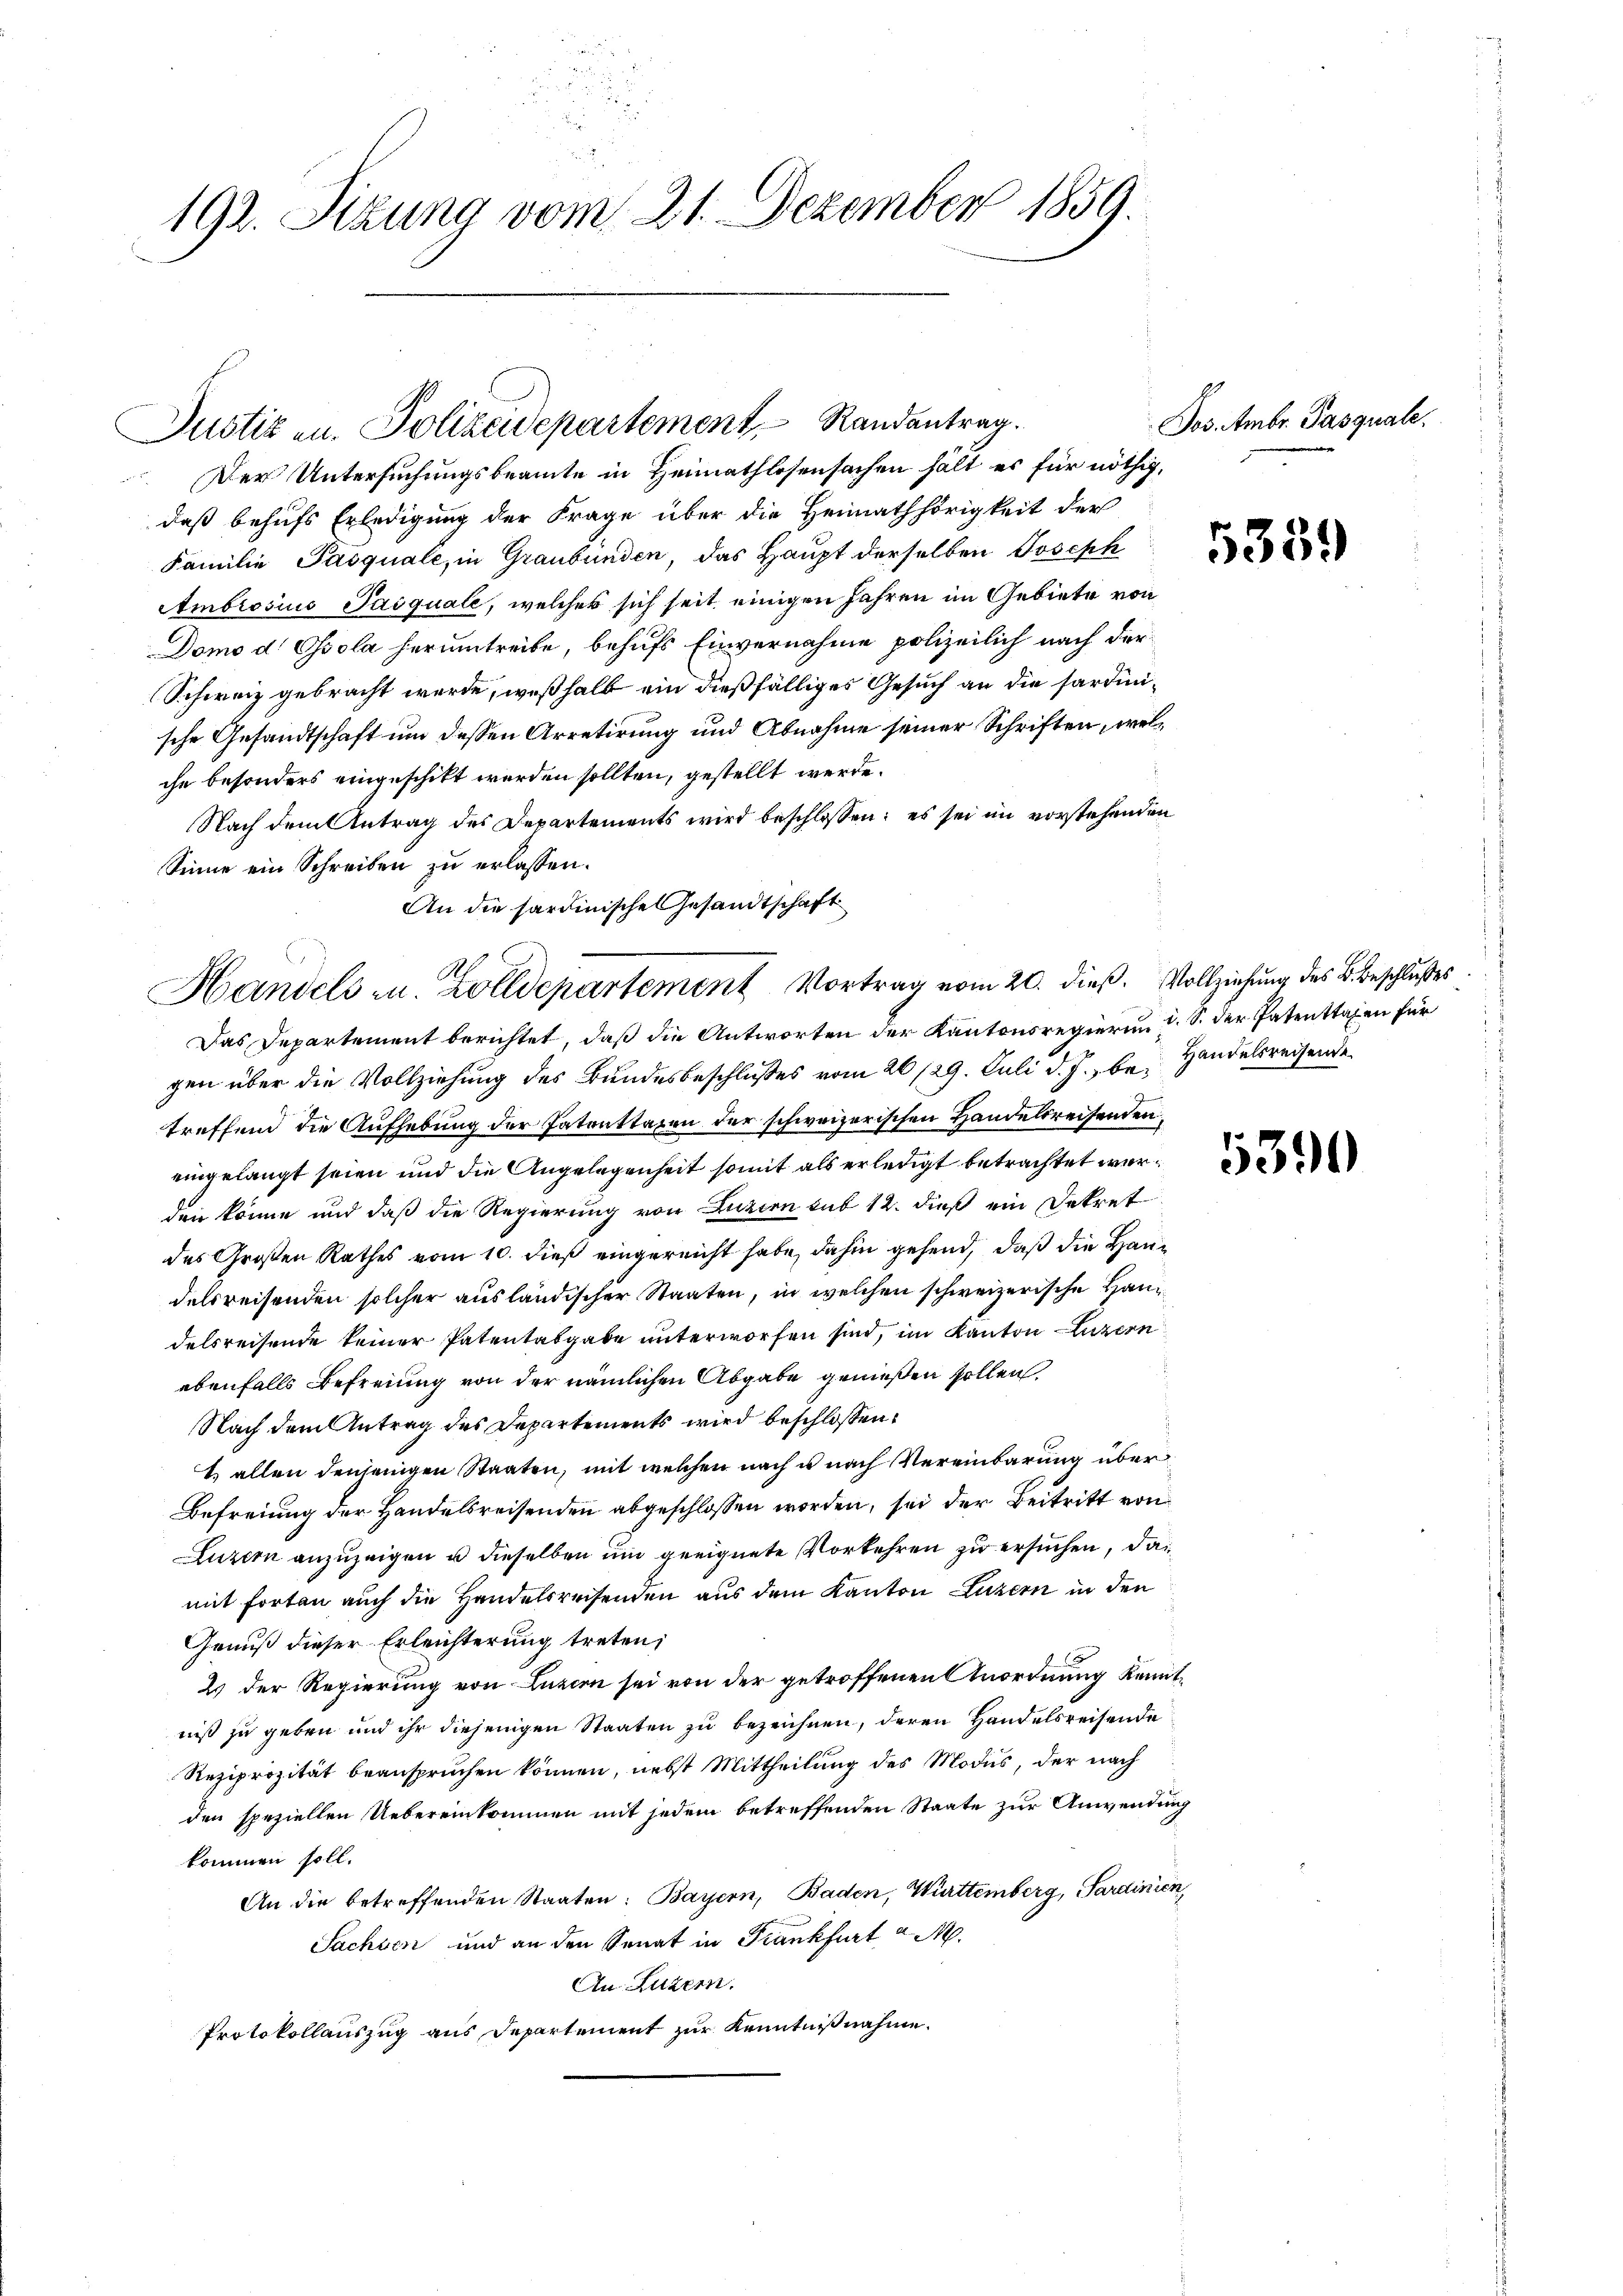
2
d
.
192. Sitzung vom 21. Dezember 1859.

Der Untersuchungsbeamte in Heimathlosensachen hält es für nöthig,
daß behufs Erledigung der Frage über die Heimathörigkeit der
Familie Pasquale, in Graubünden, das Haupt derselben Joseph
Ambrosius Paiquale, welches sich seit einigen Jahren im Gebiete von
Domo d Ossola herumtreibe, behufs Einvernahme polizeilich nach der
Schweiz gebracht werde, weßhalb ein dießfälliges Gesuch an die hardinische Gesandtschaft um dessen Arretirung und Abnahme seiner Schriften, welchr besonders eingeschikt werden sollten, gestellt werde.
Nach dem Antrag des Departements wird beschlossen: es sei im vorstehenden
Sinne ein Schreiben zu erlassen.
An die sardinische Gesandtschaft
Das Departement berichtet, daß die Antworten der Kantonsregierung i. S. der Patenttaxen für
gen über die Vollziehung des Bundesbeschlusses vom 26/29. Juli d. J., be- Handelsreisende
treffend die Aufhebung der Patrattaren der schweizerischen Handelsreisenden,
eingelangt seien und die Angelegenheit somit als erledigt betrachtet werden könne und daß die Regierung von Luzern sub 12. dieß ein Dekret
des Großen Rathes vom 10. dieß eingereicht habe, dahin gehend, daß die Handelsreisenden solcher ausländischer Staaten, in welchen schweizerische Handelsreisende keiner Patentabgabe unterworfen sind, im Kanton Luzern
ebenfalls Befreiung von der nämlichen Abgabe genießen sollen,
Nach dem Antrag des Departements wird beschlossen:
1) allen denjenigen Staaten, mit welchen nach u nach Vereinbarung über
Befreiung der Handelsreisenden abgeschlossen worden, sei der Beitritt von
Luzern anzuzeigen u dieselben um geeignete Vorkehren zu ersuchen, das
mit Forten auch die Handelsreisenden aus dem Kanton Luzern in den
Genuß dieser Erleichterung treten;
2 der Regierung von Luzern sei von der getroffenen Anordnung kennt
niß zu geben und ihr diejenigen Staaten zu bezeichnen, deren Handelsreisende
Reziprozität beanspruchen können, nebst Mittheilung des Modus, der nach
den speziellen Uebereinkommen mit jedem betreffenden Staate zur Anwendung
kommen soll.
An die betreffenden Staaten: Bayern, Baden, Württemberg, Sardinien,
Sachsen und an den Senat in Frankfurt a M.
An Luzern.
Protokollauszug aus Departement zur Kenntnißnahme.

Justizen. Polizeidepartement Randantrag.

Handels u. Zolldepartement Vortrag vom 20. dieß. Vollziehung des B. Beschlußes

Jos. Ambr. Pasquale.

5339

5390